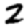
Digit: 2